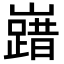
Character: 𡽞